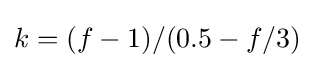
k=(f-1)/(0.5-f/3)